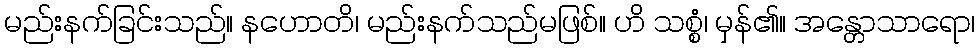
မည်းနက်ခြင်းသည်။ နဟောတိ၊ မည်းနက်သည်မဖြစ်။ ဟိ သစ္စံ၊ မှန်၏။ အန္တောသာရော၊